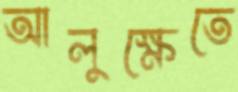
আলুক্ষেতে